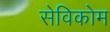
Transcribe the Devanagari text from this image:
सेविकोम